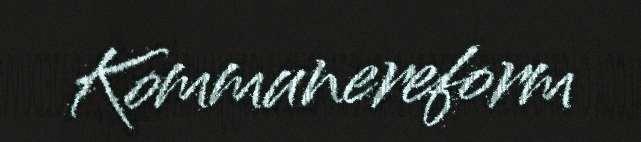
Kommunereform